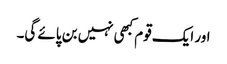
اور ایک قوم کبھی نہیں بن پائے گی۔